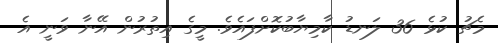
މެޗު ކުޅެ 36 ލަނޑު ކާމިޔާބުކޮށްފައެވެ. މީގެ އިތުރުން އޭނާ ވަނީ އެ